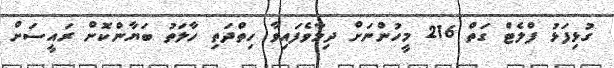
ގުޅިފަޅު ފްލެޓް ގަތް 216 މީހުންނަށް ދިމާވެފައިވާ ހިތްދަތި ހާލަތު ބަޔާންކޮށް ރައީސަށް